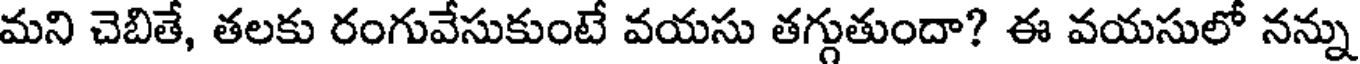
మని చెబితే, తలకు రంగువేసుకుంటే వయసు తగ్గుతుందా? ఈ వయసులో నన్ను